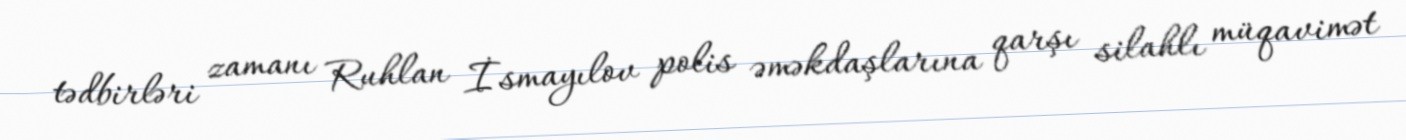
tədbirləri zamanı Ruhlan İsmayılov polis əməkdaşlarına qarşı silahlı müqavimət